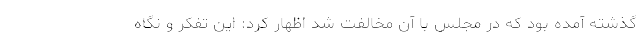
گذشته آمده بود که در مجلس با آن مخالفت شد اظهار کرد: این تفکر و نگاه